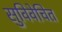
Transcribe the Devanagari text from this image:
सुविवेचित